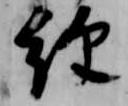
経